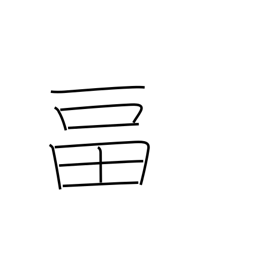
Meaning: to fill